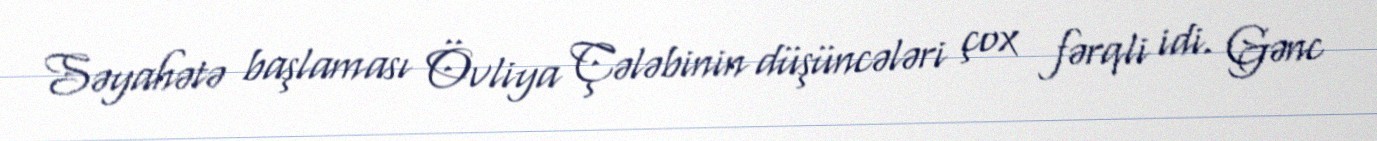
Səyahətə başlaması Övliya Çələbinin düşüncələri çox fərqli idi. Gənc